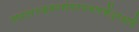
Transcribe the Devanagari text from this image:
गावात१क्षयरोगउपचारकेंद्रआहे